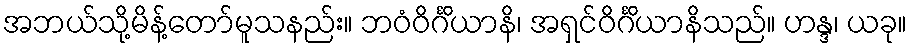
အဘယ်သို့မိန့်တော်မူသနည်း။ ဘဝံဝိင်္ဂိယာနိ၊ အရှင်ဝိင်္ဂိယာနိသည်။ ဟန္ဒ၊ ယခု။